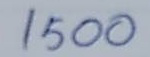
1500